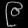
Digit: ၉